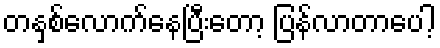
တနှစ်လောက်နေပြီးတော့ ပြန်လာတာပေါ့